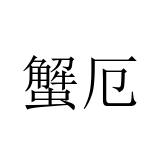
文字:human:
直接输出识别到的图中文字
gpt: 蟹厄